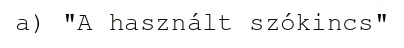
a) "A használt szókincs"